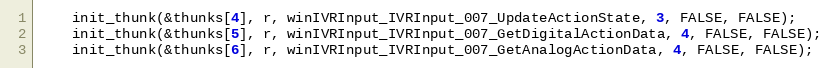
Language: C
    init_thunk(&thunks[4], r, winIVRInput_IVRInput_007_UpdateActionState, 3, FALSE, FALSE);
    init_thunk(&thunks[5], r, winIVRInput_IVRInput_007_GetDigitalActionData, 4, FALSE, FALSE);
    init_thunk(&thunks[6], r, winIVRInput_IVRInput_007_GetAnalogActionData, 4, FALSE, FALSE);